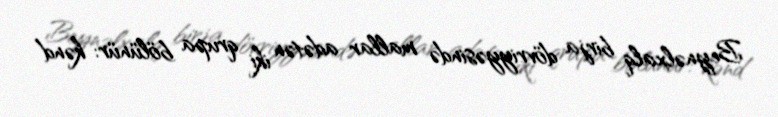
Beynəlxalq birja dövriyyəsində mallar adətən iki qrupa bölünür: kənd